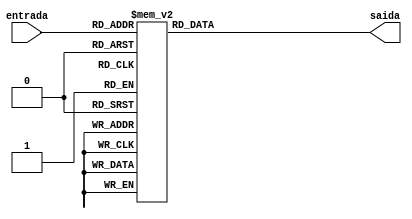
module decodificador_bcd_para_display_sete_segmentos (
	
	input
		[3:0]
			entrada,
			
	output reg 
		[6:0]
			saida
			
);
	
	parameter 
		[6:0] 
			ZERO = 7'b1111110,
			UM = 7'b0110000,
			DOIS = 7'b1101101,
			TRES = 7'b1111001,
			QUATRO = 7'b0110011,
			CINCO = 7'b1011011,
			SEIS = 7'b1011111,
			SETE = 7'b1110000,
			OITO = 7'b1111111,
			NOVE = 7'b1111011,
			ERRO = 7'b0110000;
	
	initial saida = ZERO;

	// circuito sequencial assincrono que atualiza a saida conforme entrada
	always @ (entrada)
		case (entrada)
			0: saida = ZERO;
			1: saida = UM;
			2: saida = DOIS;
			3: saida = TRES;
			4: saida = QUATRO;
			5: saida = CINCO;
			6: saida = SEIS;
			7: saida = SETE;
			8: saida = OITO;
			9: saida = NOVE;
			default: saida = ERRO;
		endcase
endmodule